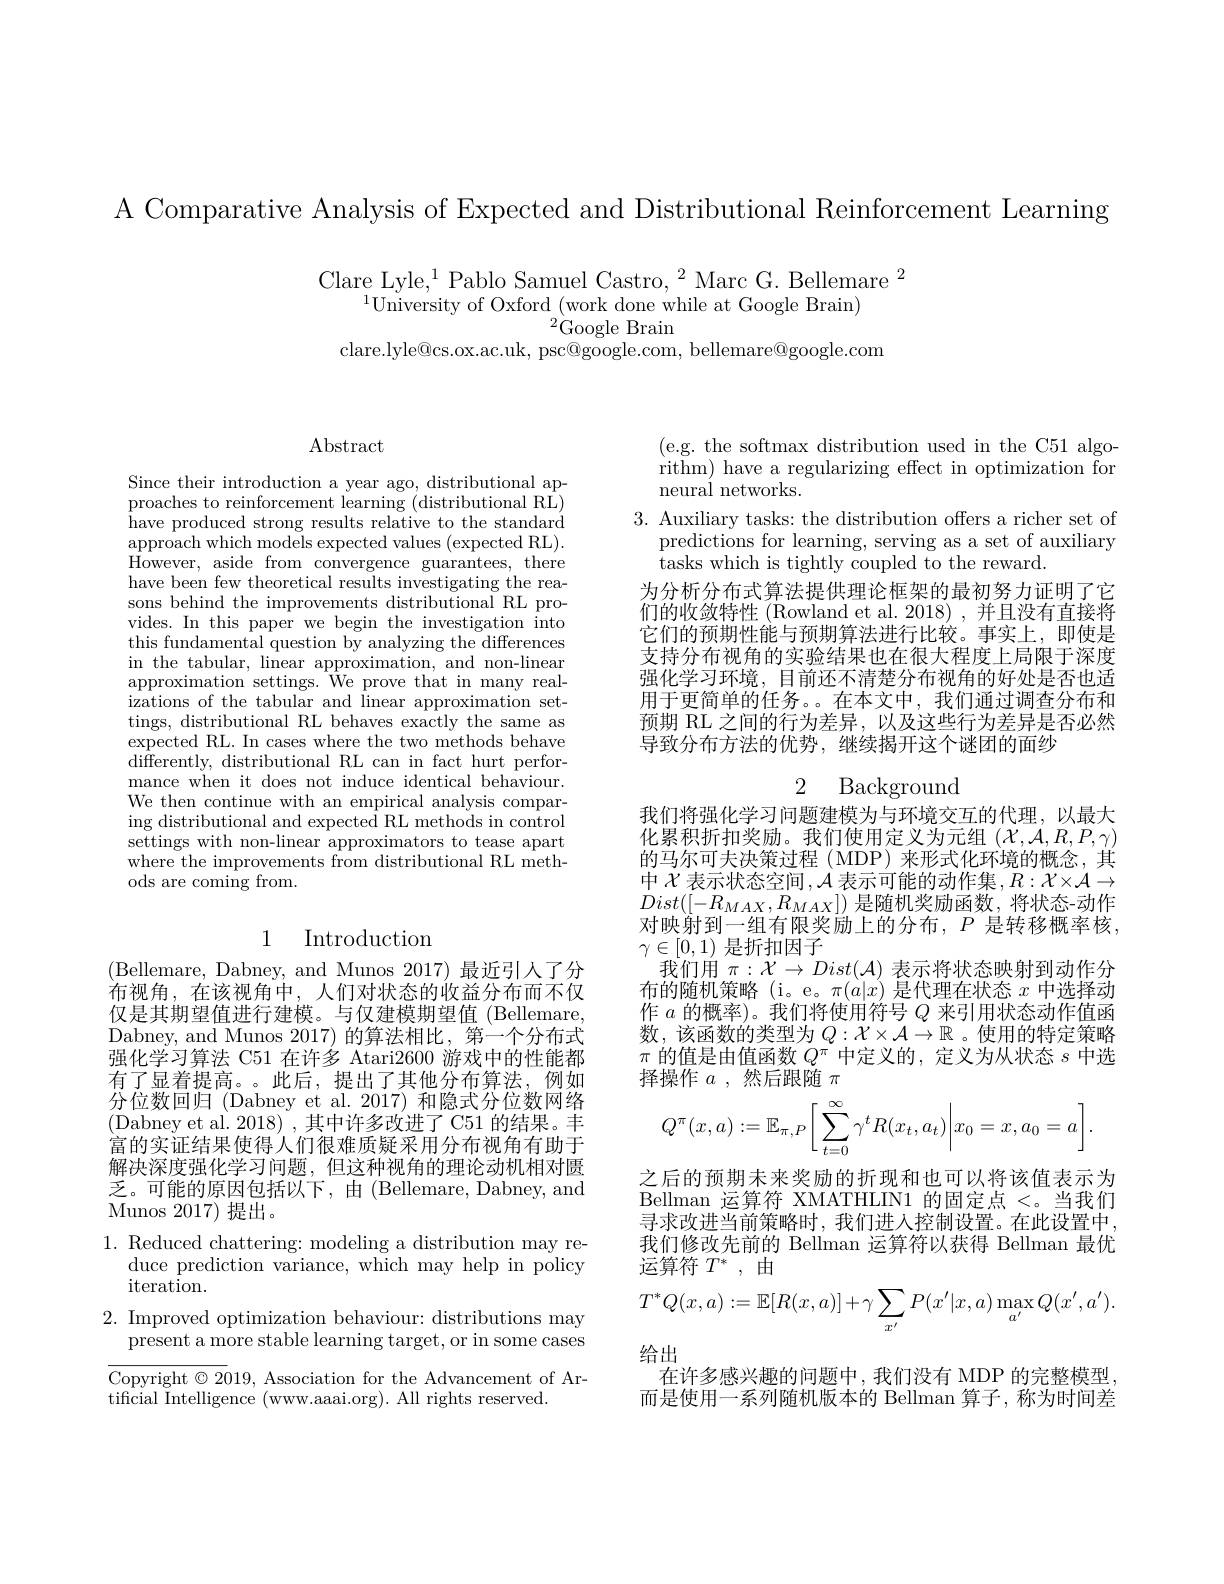
A Comparative Analysis of Expected and Distributional Reinforcement Learning

Clare Lyle,$^1$Pablo Samuel Castro,$^2$Marc G. Bellemare$^2$
$^{1}$University of Oxford (work done while at Google Brain)
${}^{2}$Google Brain
clare.lyle@cs.ox.ac.uk, psc@google.com, bellemare@google.com

Abstract

Since their introduction a year ago, distributional approaches to reinforcement learning (distributional RL) $\hat{h}$ave produced strong results relative to the standar$\' {d}$ $\begin{array}{c}\text{approach which models expected values (expected RL).}\\\text{approach which models expected values (expected RL).}\end{array}$ However, aside from convergence guarantees, there have been few theoretical results investigating the reasons behind the improvements distributional RL provides. In this paper we begin the investigation into this fundamental question by analyzing the differences in the tabular, linear approximation, and non-linear approximation'settings. We prove that in many realizations of the tabular and linear approximation settings, distributional RL behaves exactly the same as expected RL. In cases where the two methods behave differently, distributional RL can in fact hurt perfor- mance when it does not induce identical behaviour. We then continue with an empirical analysis comparing distributional and expected RL methods in control settings with non-linear approximators to tease apart where the improvements from distributional RL methods are coming from.

## 1 Introduction

(Bellemare, Dabney, and Munos 2017)最近引人了分布视角，在该视角中，人们对状态的收益分布而不仅仅是其期望值进行建模。与仅建模期望值(Bellemare, Dabney, and Munos 2017) 的算法相比，第一个分布式强化学习算法 C51 在许多 Atari2600 游戏中的性能都有了显着提高。。此后，提出了其他分布算法，例如分位数回归 (Dabney et al. 2017) 和隐式分位数网络(Dabney et al. 2018),其中许多改进了C51的结果。丰富的实证结果使得人们很难质疑采用分布视角有助于解决深度强化学习问题，但这种视角的理论动机相对匮乏 。可 能 的 原 因 包 括 以 下 , 由 ( Bellemare, Dabney, and ${\mathrm{Munos~2017}}$ 提出。

1. Reduced chattering: modeling a distribution may re-

duce prediction variance, which may help in policy

iteration.

2. Improved optimization behaviour: distributions may

present a more stable learning target, or in some cases

Copyright $\odot2019$, Association for the Advancement of Ar-

tificial Intelligence (www.aaai.org). All rights reserved.

(e.g. the softmax distribution used in the C51 algorithm) have a regularizing effect in optimization for neural networks.
3. Auxiliary tasks: the distribution offers a richer set of
predictions for learning, serving as a set of auxiliary
tasks which is tightly coupled to the reward.
为分析分布式算法提供理论框架的最初努力证明了它们的收敛特性 (Rowland et al. 2018) , 并且没有直接将它们的预期性能与预期算法进行比较。事实上，即使是支持分布视角的实验结果也在很大程度上局限于深度强化学习环境，目前还不清楚分布视角的好处是否也适用于更简单的任务。。在本文中，我们通过调查分布和预期 RL 之间的行为差异，以及这些行为差异是否必然导致分布方法的优势，继续揭开这个谜团的面纱

2 Background

我们将强化学习问题建模为与环境交互的代理，以最大化累积折扣奖励。我们使用定义为元组($\mathcal{X},\mathcal{A},R,P,\gamma)$ 的马尔可夫决策过程 (MDP)来形式化环境的概念，其中$\mathcal{X}$表示状态空间$,\mathcal{A}$表示可能的动作集$,R:\mathcal{X}\times\mathcal{A}\to$ $Dist([-R_{MAX},R_{MAX}])$是随机奖励函数，将状态-动作对映射到一组有限奖励上的分布，$P$是转移概率核， $\gamma\in[0,1)$是折扣因子
我们用$\pi:\mathcal{X}\to Dist(\mathcal{A})$表示将状态映射到动作分布的随机策略(i。e。$\pi(a|x)$是代理在状态$x$中选择动作$a$的概率)。我们将使用符号$Q$来引用状态动作值函数，该函数的类型为$Q:\mathcal{X}\times\mathcal{A}\to\mathbb{R}$ 。使用的特定策略$\pi$的值是由值函数$Q^\pi$中定义的，定义为从状态$s$中选择操作$a$ ,然后跟随$\pi$
$$Q^\pi(x,a):=\mathbb{E}_{\pi,P}\bigg[\sum_{t=0}^\infty\gamma^tR(x_t,a_t)\bigg|x_0=x,a_0=a\bigg].$$
之后的预期未来奖励的折现和也可以将该值表示为Bellman 运算符 XMATHLIN1 的固定点$<。当我们$ 寻求改进当前策略时，我们进入控制设置。在此设置中我们修改先前的 Bellman 运算符以获得 Bellman 最优运算符$T^*$,由
$$T^*Q(x,a):=\mathbb{E}[R(x,a)]+\gamma\sum_{x'}P(x'|x,a)\max_{a'}Q(x',a').$$
给出
在许多感兴趣的问题中，我们没有 MDP 的完整模型而是使用一系列随机版本的 Bellman 算子，称为时间差